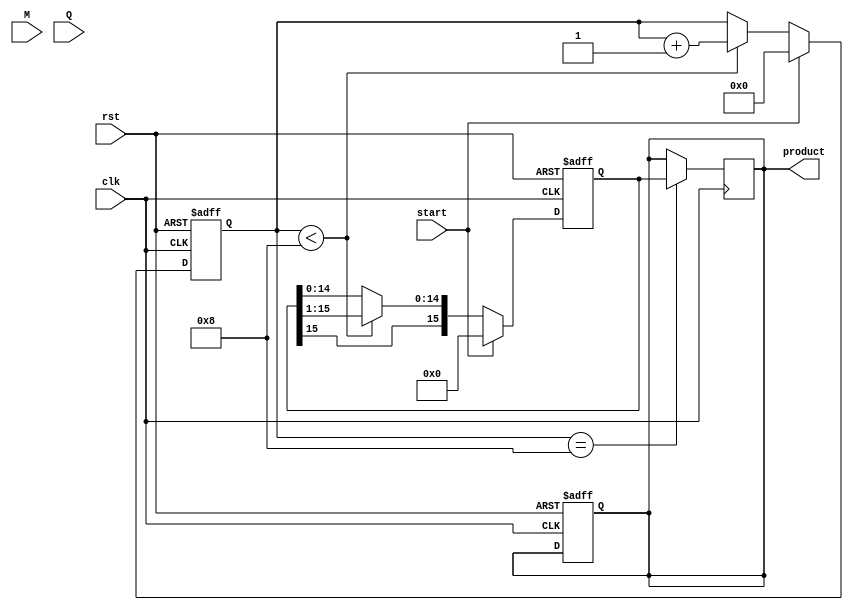
module modified_booth_multiplier #(
    parameter N = 8  // Number of bits for multiplicand and multiplier
)(
    input wire [N-1:0] M,       // Multiplicand
    input wire [N-1:0] Q,       // Multiplier
    input wire start,           // Start signal
    input wire clk,             // Clock signal
    input wire rst,             // Reset signal
    output reg [2*N-1:0] product // Product output
);

    reg [N-1:0] multiplicand;     // Register to hold the multiplicand
    reg [N-1:0] multiplier;        // Register to hold the multiplier
    reg [2*N-1:0] partial_product; // Register for partial product
    reg [N:0] Q_bar;               // Register for Q and Q_bar
    reg [3:0] count;               // Count for iterations

    // Initial reset or start process
    always @(posedge clk or posedge rst) begin
        if (rst) begin
            product <= 0;
            multiplicand <= 0;
            multiplier <= 0;
            partial_product <= 0;
            Q_bar <= 0;
            count <= 0;
        end else if (start) begin
            // Load inputs
            multiplicand <= M;
            multiplier <= Q;
            partial_product <= 0;
            Q_bar <= {1'b0, multiplier}; // Initialize Q_bar with Q and an extra bit
            count <= 0;
        end else if (count < N) begin
            // Booth's algorithm processing
            case ({Q_bar[0], Q_bar[1]}) // Examine the last two bits
                2'b00: begin
                    // Do nothing
                end
                2'b01: begin
                    // Add multiplicand to partial product
                    partial_product <= partial_product + {1'b0, multiplicand};
                end
                2'b10: begin
                    // Subtract multiplicand from partial product
                    partial_product <= partial_product - {1'b0, multiplicand};
                end
                2'b11: begin
                    // Do nothing
                end
            endcase
            
            // Shift right the partial product and Q_bar
            partial_product <= {partial_product[2*N-1], partial_product[2*N-1:1]};
            Q_bar <= {partial_product[0], Q_bar[N:1]}; // Shift Q_bar
            count <= count + 1; // Increment the count
        end
    end

    // Assign final product when done
    always @(posedge clk) begin
        if (count == N) begin
            product <= partial_product;
        end
    end

endmodule